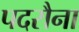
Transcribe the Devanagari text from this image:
पदरौना